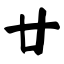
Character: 廿